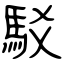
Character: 駁